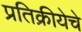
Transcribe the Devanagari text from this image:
प्रतिक्रीयेचे